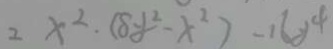
2 x ^ { 2 } \cdot ( 8 y ^ { 2 } - x ^ { 2 } ) - 1 6 y ^ { 4 }